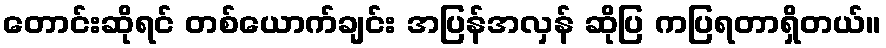
တောင်းဆိုရင် တစ်ယောက်ချင်း အပြန်အလှန် ဆိုပြ ကပြရတာရှိတယ်။